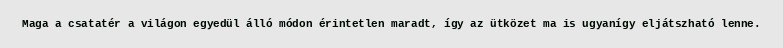
Maga a csatatér a világon egyedül álló módon érintetlen maradt, így az ütközet ma is ugyanígy eljátszható lenne.